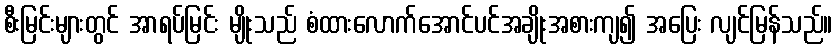
စီးမြင်းများတွင် အာရပ်မြင်း မျိုးသည် စံထားလောက်အောင်ပင်အချိုးအစားကျ၍ အပြေး လျင်မြန်သည်။